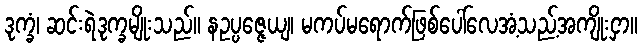
ဒုက္ခံ၊ ဆင်းရဲဒုက္ခမျိုးသည်။ နဥပ္ပဇ္ဇေယျ၊ မကပ်မရောက်ဖြစ်ပေါ်လေအံ့သည့်အကျိုးငှာ။